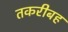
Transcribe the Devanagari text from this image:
तकरीबह